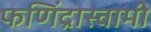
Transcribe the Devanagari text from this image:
फणिंद्रास्वामी